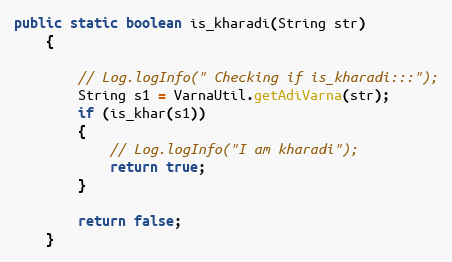
Language: Java
public static boolean is_kharadi(String str)
    {

        // Log.logInfo(" Checking if is_kharadi:::");
        String s1 = VarnaUtil.getAdiVarna(str);
        if (is_khar(s1))
        {
            // Log.logInfo("I am kharadi");
            return true;
        }

        return false;
    }